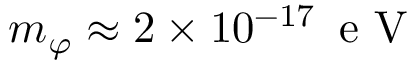
m _ { \varphi } \approx 2 \times 1 0 ^ { - 1 7 } \, \textrm { e V }